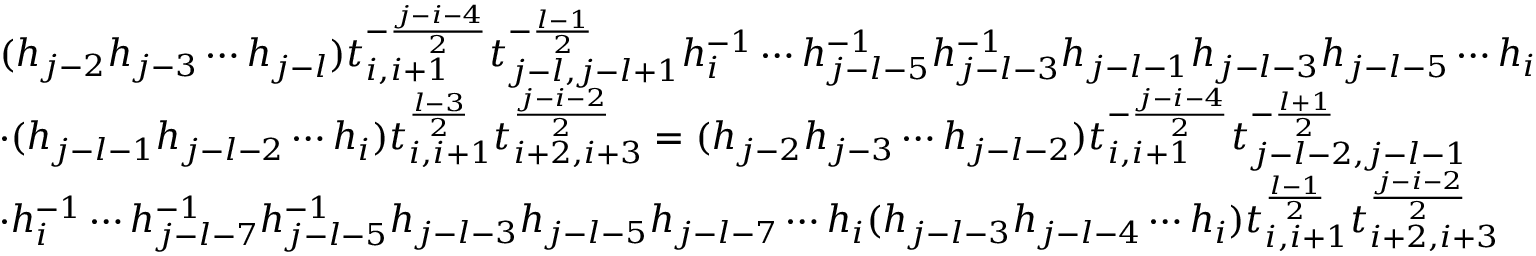
\begin{array} { r l } & { ( h _ { j - 2 } h _ { j - 3 } \cdots h _ { j - l } ) t _ { i , i + 1 } ^ { - \frac { j - i - 4 } { 2 } } t _ { j - l , j - l + 1 } ^ { - \frac { l - 1 } { 2 } } h _ { i } ^ { - 1 } \cdots h _ { j - l - 5 } ^ { - 1 } h _ { j - l - 3 } ^ { - 1 } h _ { j - l - 1 } h _ { j - l - 3 } h _ { j - l - 5 } \cdots h _ { i } } \\ & { \cdot ( h _ { j - l - 1 } h _ { j - l - 2 } \cdots h _ { i } ) t _ { i , i + 1 } ^ { \frac { l - 3 } { 2 } } t _ { i + 2 , i + 3 } ^ { \frac { j - i - 2 } { 2 } } = ( h _ { j - 2 } h _ { j - 3 } \cdots h _ { j - l - 2 } ) t _ { i , i + 1 } ^ { - \frac { j - i - 4 } { 2 } } t _ { j - l - 2 , j - l - 1 } ^ { - \frac { l + 1 } { 2 } } } \\ & { \cdot h _ { i } ^ { - 1 } \cdots h _ { j - l - 7 } ^ { - 1 } h _ { j - l - 5 } ^ { - 1 } h _ { j - l - 3 } h _ { j - l - 5 } h _ { j - l - 7 } \cdots h _ { i } ( h _ { j - l - 3 } h _ { j - l - 4 } \cdots h _ { i } ) t _ { i , i + 1 } ^ { \frac { l - 1 } { 2 } } t _ { i + 2 , i + 3 } ^ { \frac { j - i - 2 } { 2 } } } \end{array}